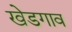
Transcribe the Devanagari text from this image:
खेडगाव